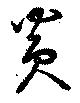
炎